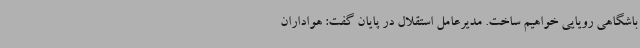
باشگاهی رویایی خواهیم ساخت. مدیرعامل استقلال در پایان گفت: هواداران